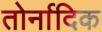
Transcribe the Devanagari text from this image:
तोर्नादिक